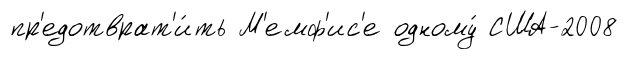
пр'едотврат'и́ть М'емф'ис'е одному́ США-2008